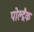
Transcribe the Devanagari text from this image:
पोल्द्रैक